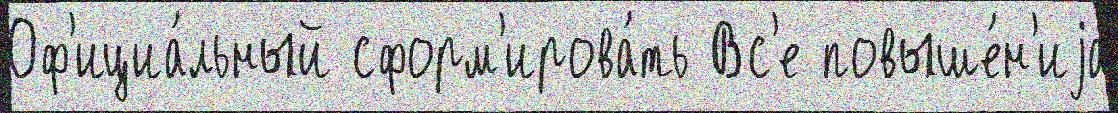
Оф'ициа́льный сформ'ирова́ть Вс'е повыше́н'иjа